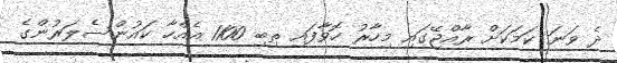
ދެ ވަނަ ކަމަކަށް ރާއްޖޭގައި މިހާރު ހޮވާފައި ތިބި 1100 އެއްހާ ކައުންސެލަރުންގެ